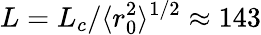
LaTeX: L=L_{c}/\langle r_{0}^{2}\rangle^{1/2}\approx 143